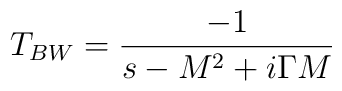
T_{BW}={{-1} \over {s-M^2+i\Gamma M}}